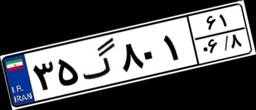
۳۵گ۸۰۱۶۱